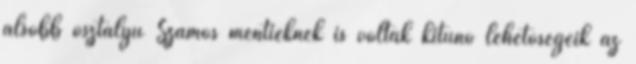
alsóbb osztályú Szamos mentieknek is voltak kitűnő lehetőségeik az